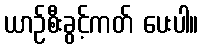
ယာဉ်စီးခွင့်ကတ် ပေးပါ။